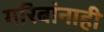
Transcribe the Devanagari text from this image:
गरिबांनाही